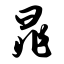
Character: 晁